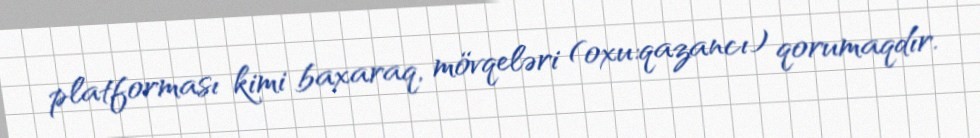
platforması kimi baxaraq, mövqeləri (oxu:qazancı) qorumaqdır.